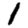
Digit: 1